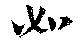
如